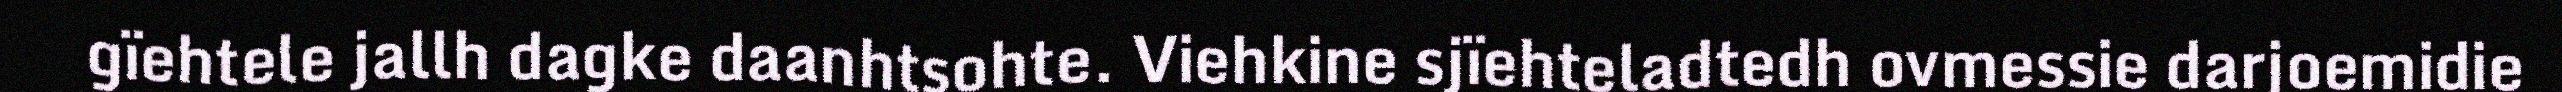
gïehtele jallh dagke daanhtsohte. Viehkine sjïehteladtedh ovmessie darjoemidie